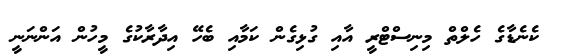
ކެނެޑާގެ ހެލްތް މިނިސްޓްރީ އާއި ގުޅިގެން ކަމާއި ބެހޭ އިދާރާކުގެ މީހުން އަންނަނީ